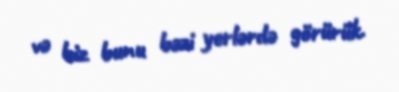
və biz bunu bəzi yerlərdə görürük.